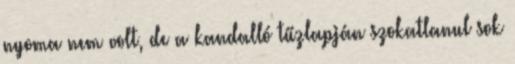
nyoma nem volt, de a kandalló tűzlapján szokatlanul sok